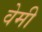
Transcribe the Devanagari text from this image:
वेमी